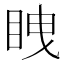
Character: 𭾫